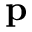
\mathbf { p }